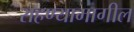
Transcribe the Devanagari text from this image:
राहण्यामागील